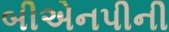
બીએનપીની